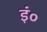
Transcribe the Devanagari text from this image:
इं०